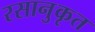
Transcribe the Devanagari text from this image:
रसानुकृत